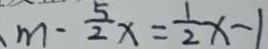
m - \frac { 5 } { 2 } x = \frac { 1 } { 2 } x - 1